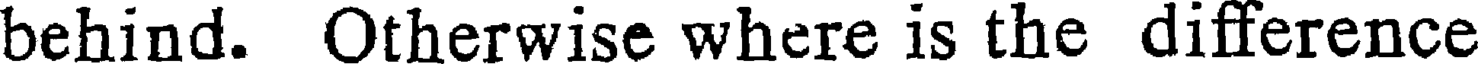
behind. Otherwise where is the difference